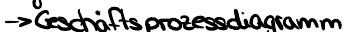
-> Geschäftsprozessdiagramm